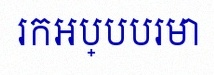
រកអប្បបរមា